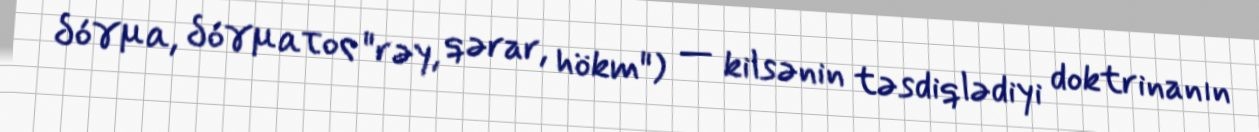
δόγμα, δόγματος "rəy, qərar, hökm") — kilsənin təsdiqlədiyi doktrinanın